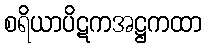
စရိယာပိဋကအဋ္ဌကထာ